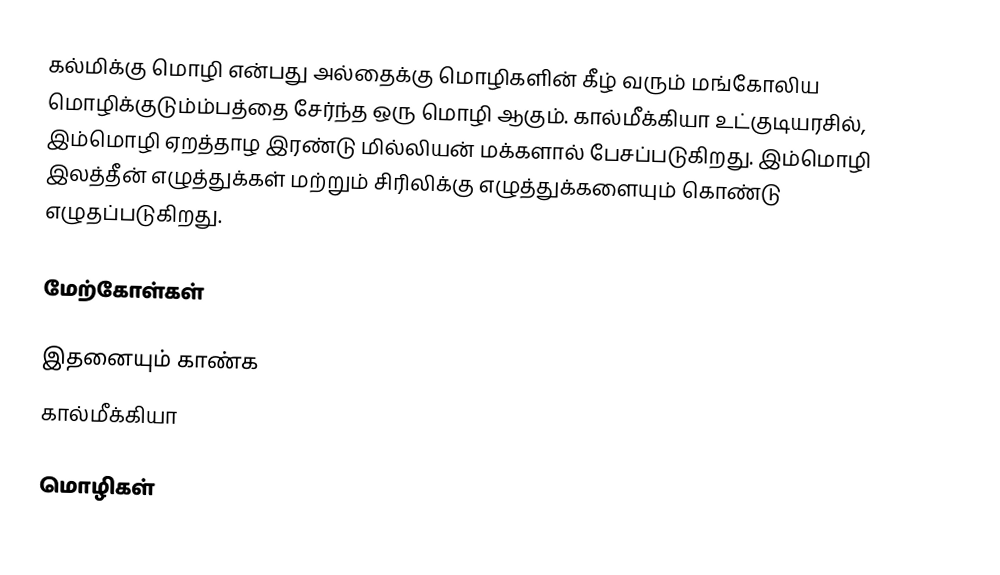
கல்மிக்கு மொழி என்பது அல்தைக்கு மொழிகளின் கீழ் வரும் மங்கோலிய மொழிக்குடும்ம்பத்தை சேர்ந்த ஒரு மொழி ஆகும். கால்மீக்கியா உட்குடியரசில், இம்மொழி ஏறத்தாழ இரண்டு மில்லியன் மக்களால் பேசப்படுகிறது. இம்மொழி இலத்தீன் எழுத்துக்கள் மற்றும் சிரிலிக்கு எழுத்துக்களையும் கொண்டு எழுதப்படுகிறது.

மேற்கோள்கள்

இதனையும் காண்க
 கால்மீக்கியா

மொழிகள்